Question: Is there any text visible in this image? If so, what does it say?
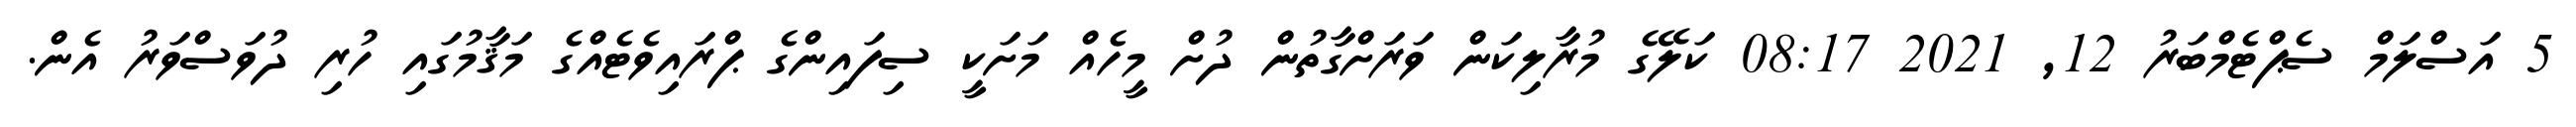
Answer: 5 އަސްލަމް ސެޕްޓެމްބަރު 12, 2021 08:17 ކަލޭގެ މުރާލިކަން ވަރަށްގާތުން ދުށް މީހެއް މަށަކީ ސިފައިންގެ ޕްރައިވެޓެއްގެ މަޤާމުގައި ހުރި ދުވަސްވަރު އެން.